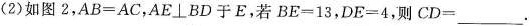
(2)如图2，$$AB=AC$$，$$AE\perp BD$$于E，若$$BE=13$$，$$DE=4$$，则$$CD=___$$.